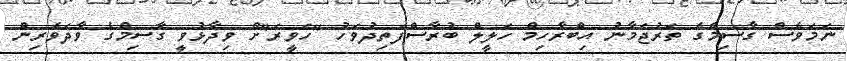
ނަމަވެސް ގާސިމްގެ ތަރުޖަމާނު އިބްރާހިމް ހަލީލް ބުރާސްފަތިދުވަހު "ހަވީރަ"ށް ވިދާޅުވީ ގާސިމްގެ ވާދަވެރިން